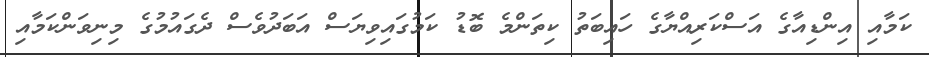
ކަމާއި އިންޑިއާގެ އަސްކަރިއްޔާގެ ހައިބަތު ކިތަންމެ ބޮޑު ކަމުގައިވިޔަސް އަބަދުވެސް ދެގައުމުގެ މިނިވަންކަމާއި